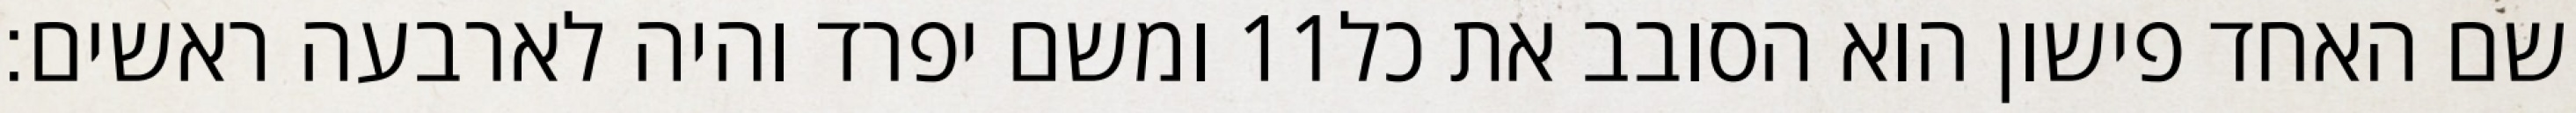
ומשם יפרד והיה לארבעה ראשים׃ ‎11‏ שם האחד פישון הוא הסובב את כל